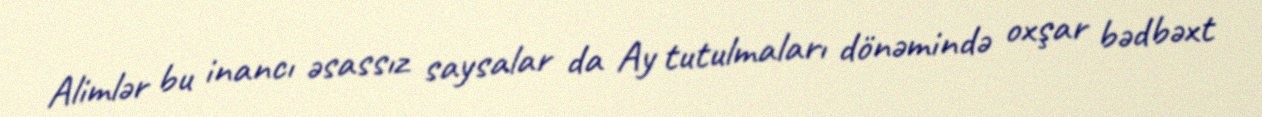
Alimlər bu inancı əsassız saysalar da Ay tutulmaları dönəmində oxşar bədbəxt